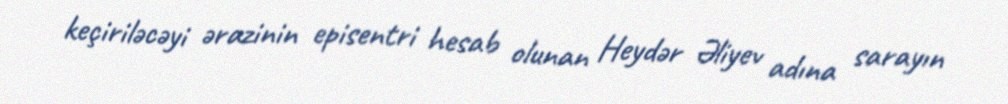
keçiriləcəyi ərazinin episentri hesab olunan Heydər Əliyev adına sarayın